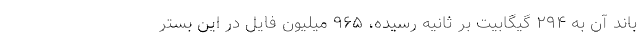
باند آن به ۲۹۴ گیگابیت بر ثانیه رسیده، ۹۶۵ میلیون فایل در این بستر